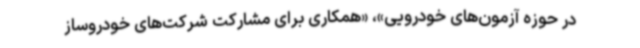
در حوزه‌ آزمون‌های‌ خودرویی»، «همکاری برای مشارکت شرکت‌های خودروساز